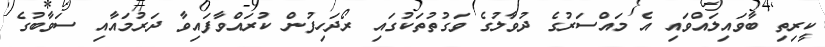
ކީރިތި ބާވައިލައްވައި އެ މައްސަރުގެ ދުވާލުގެ ވަގުތުތަކުގައި ރޯދަހިފުން ކުރައްވާފައިވާ ދަރުމައާއި ސަވާބުގެ